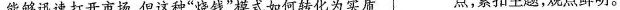
能够迅速打开市场，但这种”烧钱”模式如何转化为实质 点，紧扣主题，观点鲜明。